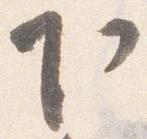
下